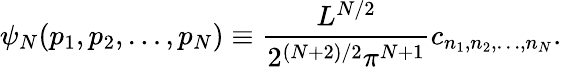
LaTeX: \psi_{N}(p_{1},p_{2},\dots,p_{N})\equiv\frac{L^{N/2}}{2^{(N+2)/2}\pi^{N+1}}c_{n_{1},n_{2},\dots,n_{N}}.